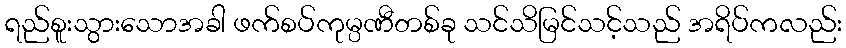
ရည်စူးသွားသောအခါ ဖက်စပ်ကုမ္ပဏီတစ်ခု သင်သိမြင်သင့်သည် အရိပ်ကလည်း